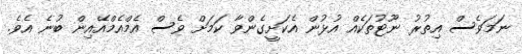
ނަމަވެސް އިތުރު ނޫޓުތަކެއް އުޅުން އެކަށީގެންވާ ކަމަށް ވެސް އެމްއެމްއޭއިން ބުނެ އެވެ.